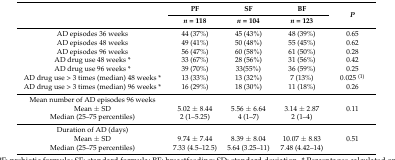
| <ROWSPAN=2>  | PF | SF | BF | <ROWSPAN=2> P |
 | n = 118 | n = 104 | n = 123 |
 | --- | --- | --- | --- | --- |
 | AD episodes 36 weeks | 44 (37%) | 45 (43%) | 48 (39%) | 0.65 |
 | AD episodes 48 weeks | 49 (41%) | 50 (48%) | 55 (45%) | 0.62 |
 | AD episodes 96 weeks | 56 (47%) | 60 (58%) | 61 (50%) | 0.28 |
 | AD drug use 48 weeks * | 33 (67%) | 28 (56%) | 31 (56%) | 0.42 |
 | AD drug use 96 weeks * | 39 (70%) | 33(55%) | 36 (59%) | 0.25 |
 | AD drug use > 3 times (median) 48 weeks * | 13 (33%) | 13 (32%) | 7 (13%) | 0.025 (1) |
 | AD drug use > 3 times (median) 96 weeks * | 16 (29%) | 18 (30%) | 11 (18%) | 0.26 |
 | Mean number of AD episodes 96 weeks |  |  |  |  |
 | Mean ± SD | 5.02 ± 8.44 | 5.56 ± 6.64 | 3.14 ± 2.87 | 0.11 |
 | Median (25–75 percentiles) | 2 (1–5.25) | 4 (1–7) | 2 (1–4) |  |
 | Duration of AD (days) |  |  |  |  |
 | Mean ± SD | 9.74 ± 7.44 | 8.39 ± 8.04 | 10.07 ± 8.83 | 0.51 |
 | Median (25–75 percentiles) | 7.33 (4.5–12.5) | 5.64 (3.25–11) | 7.48 (4.42–14) |  |